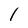
Character: l